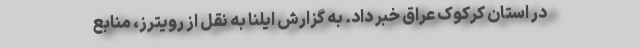
در استان کرکوک عراق خبر داد. به گزارش ایلنا به نقل از رویترز، منابع